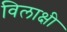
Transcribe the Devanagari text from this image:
विलाक्षी